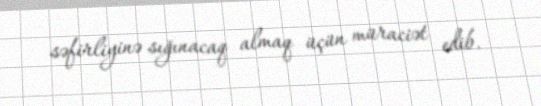
səfirliyinə sığınacaq almaq üçün müraciət edib.